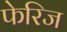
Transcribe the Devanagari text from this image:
फेरिज